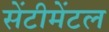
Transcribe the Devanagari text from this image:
सेंटीमेंटल